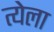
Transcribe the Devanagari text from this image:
त्येला